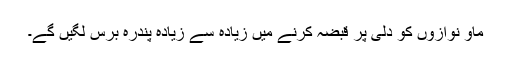
ماؤ نوازوں کو دلی پر قبضہ کرنے میں زیادہ سے زیادہ پندرہ برس لگیں گے۔